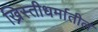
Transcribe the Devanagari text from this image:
ख्रिस्तीधर्मातील